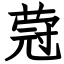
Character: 蒄